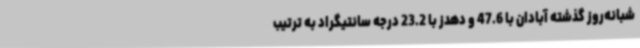
شبانه‌روز گذشته آبادان با 47.6 و دهدز با 23.2 درجه سانتیگراد به ترتیب